Newspaper: The Roanoke times. [volume]
Place of publication: Roanoke, Va.
Publisher: Roanoke Times Pub. Co.
Date: 1895-04-27 00:00:00
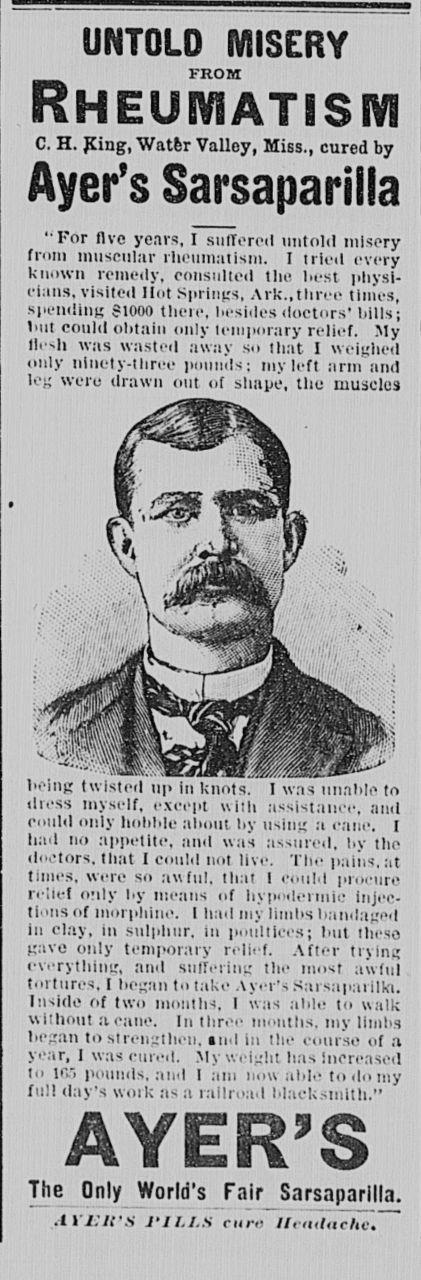
Advertisement text (OCR):
UNTOLD MISERY from C. H. King, Water Valley, Miss., cured by Ayer's Sarsaparilla "For five years, I suffered untold misery from muscular rheumatism. I tried every known remedy, consulted the lies! physi? cians, visited Hot Springs, Ark.,three times, s|iendlng stooo there, besides doctors' hills; hill could obtain only temporary relief. My flesh was wasted away so that I w eighed only ninety-three pounds; my left arm and leg were drawn out of Shape, the muscles being twisted up ii dress myself, except with assistance, and could only hobble about by using a cane. I had no appetite, and was assured, by tho doctors,that [could nol live. Tlic pains.at times, were so awful, thai I could procure relief only by means of hypodermic Injec? tions of morphine l hail my limbs bandaged in clay, in sulphur, in poultices; but ihrs.i gave only temporary relief. After trying everything, and suffering the most awful tortures, I began to take Ayer's Sarsaparilla. Inside of (wo months, I was aide to walk without a cane. In three months, my limbs began to strengthen, snd In the course of a year, I was cured. Sly weight has Increased in \a; pounds, and I am now aide to do my f?ll (lav's work as n railroad blacksmith." AYER'S The Only World's Fair Sarsaparilla. AVUll'S PILLS cur.- II, ?</<ir/lt.
Label: illustrations